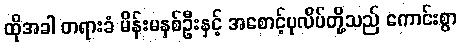
ထိုအခါ တရားခံ မိန်းမနှစ်ဦးနှင့် အစောင့်ပုလိပ်တို့သည် ကောင်းစွာ